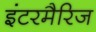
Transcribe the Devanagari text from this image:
इंटरमैरिज